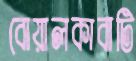
বোয়ালকাবাটি